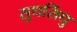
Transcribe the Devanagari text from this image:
सुधसिंधु